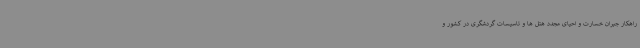
راهکار جبران خسارت و احیای مجدد هتل ها و تاسیسات گردشگری در کشور و